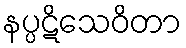
နပ္ပဋိသေဝိတာ